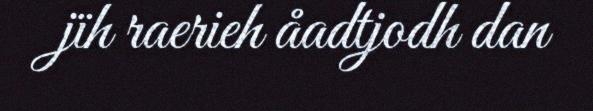
jïh raerieh åadtjodh dan